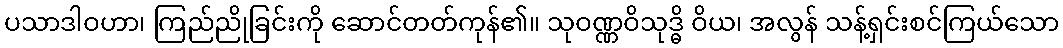
ပသာဒါဝဟာ၊ ကြည်ညိုခြင်းကို ဆောင်တတ်ကုန်၏။ သုဝဏ္ဏဝိသုဒ္ဓိ ဝိယ၊ အလွန် သန့်ရှင်းစင်ကြယ်သော